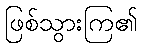
ဖြစ်သွားကြ၏